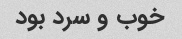
خوب و سرد بود